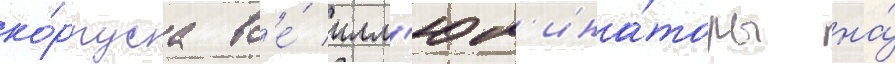
ко́рпуса вс'е́ илл'юм'ина́торы на́